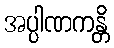
အပ္ပါဏကန္တိ